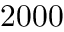
2 0 0 0